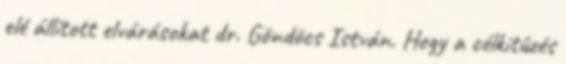
elé állított elvárásokat dr. Göndöcs István. Hogy a célkitûzés